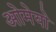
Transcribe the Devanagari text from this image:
ओमेयो